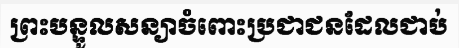
ព្រះបន្ទូលសន្យាចំពោះប្រជាជនដែលជាប់